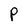
Character: P